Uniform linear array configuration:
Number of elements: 4
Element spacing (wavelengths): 0.75
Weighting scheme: kaiser
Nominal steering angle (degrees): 60
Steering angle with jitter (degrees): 59.084
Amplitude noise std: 0.05
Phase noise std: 0.05

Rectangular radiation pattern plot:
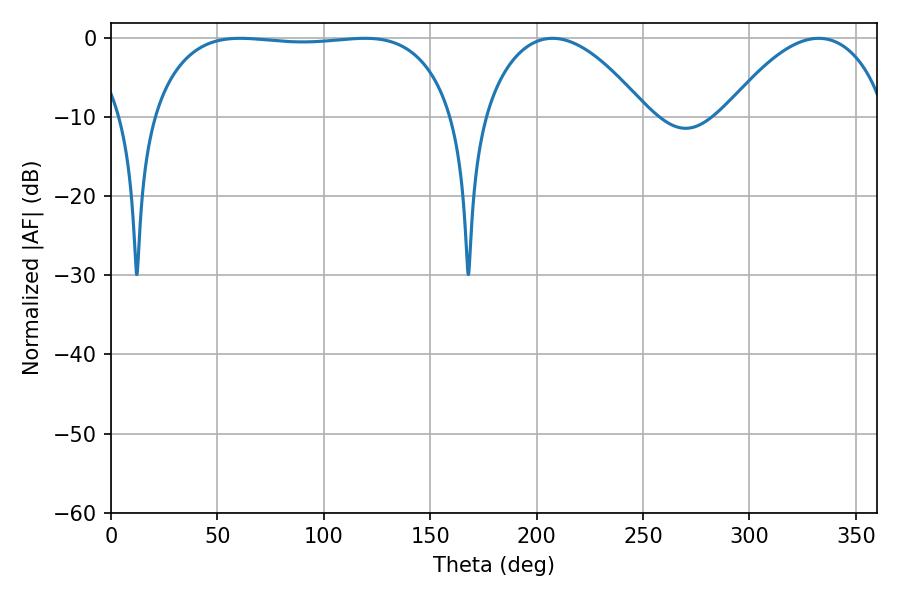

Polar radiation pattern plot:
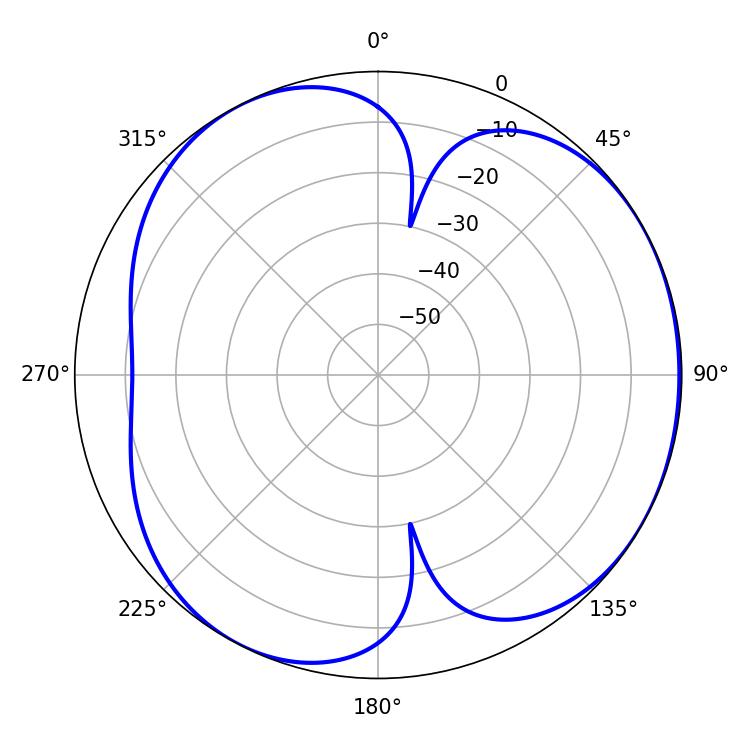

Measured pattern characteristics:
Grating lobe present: TRUE
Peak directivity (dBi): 4.245
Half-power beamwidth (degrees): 112.32
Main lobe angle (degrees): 60.66